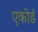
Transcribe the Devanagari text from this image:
एकोर्ड